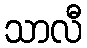
သာလီ